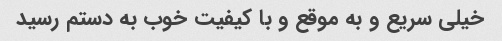
خیلی سریع و به موقع و با کیفیت خوب به دستم رسید